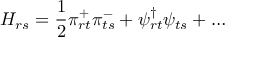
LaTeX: H _ { r s } = \frac { 1 } { 2 } \pi _ { r t } ^ { + } \pi _ { t s } ^ { - } + \psi _ { r t } ^ { \dagger } \psi _ { t s } + \ldots